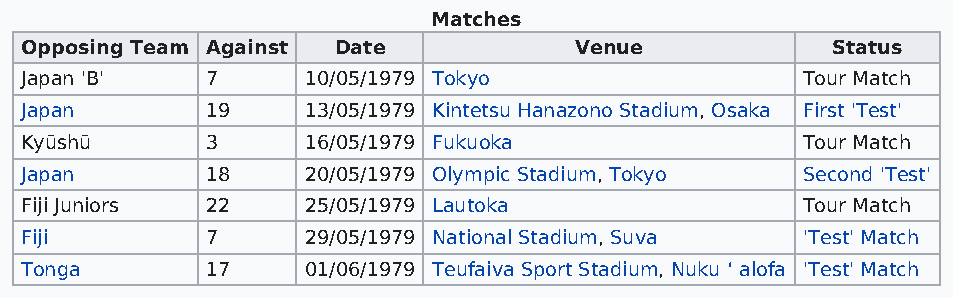
Matches
 Opposing Team Against Date           Venue            Status
 Japan 'B'    7     10/05/1979 Tokyo                 Tour Match
 Japan        19    13/05/1979 Kintetsu Hanazono Stadium, Osaka First 'Test'
 Kyūshū       3     16/05/1979 Fukuoka               Tour Match
 Japan        18    20/05/1979 Olympic Stadium, Tokyo Second 'Test'
 Fiji Juniors 22    25/05/1979 Lautoka               Tour Match
 Fiji         7     29/05/1979 National Stadium, Suva 'Test' Match
 Tonga        17    01/06/1979 Teufaiva Sport Stadium, Nuku ʻ alofa 'Test' Match